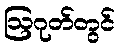
ဩဂုတ်တွင်